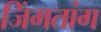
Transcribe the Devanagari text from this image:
जिंगतांग